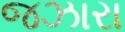
જઝારા